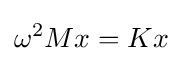
\omega ^{2}Mx=Kx